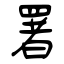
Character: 署